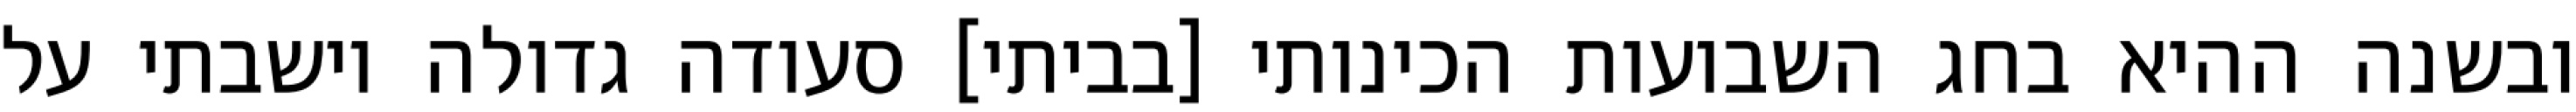
ובשנה ההיא בחג השבועות הכינותי [בביתי] סעודה גדולה וישבתי על